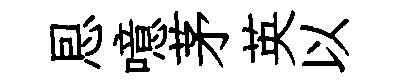
㤙噫茅英以